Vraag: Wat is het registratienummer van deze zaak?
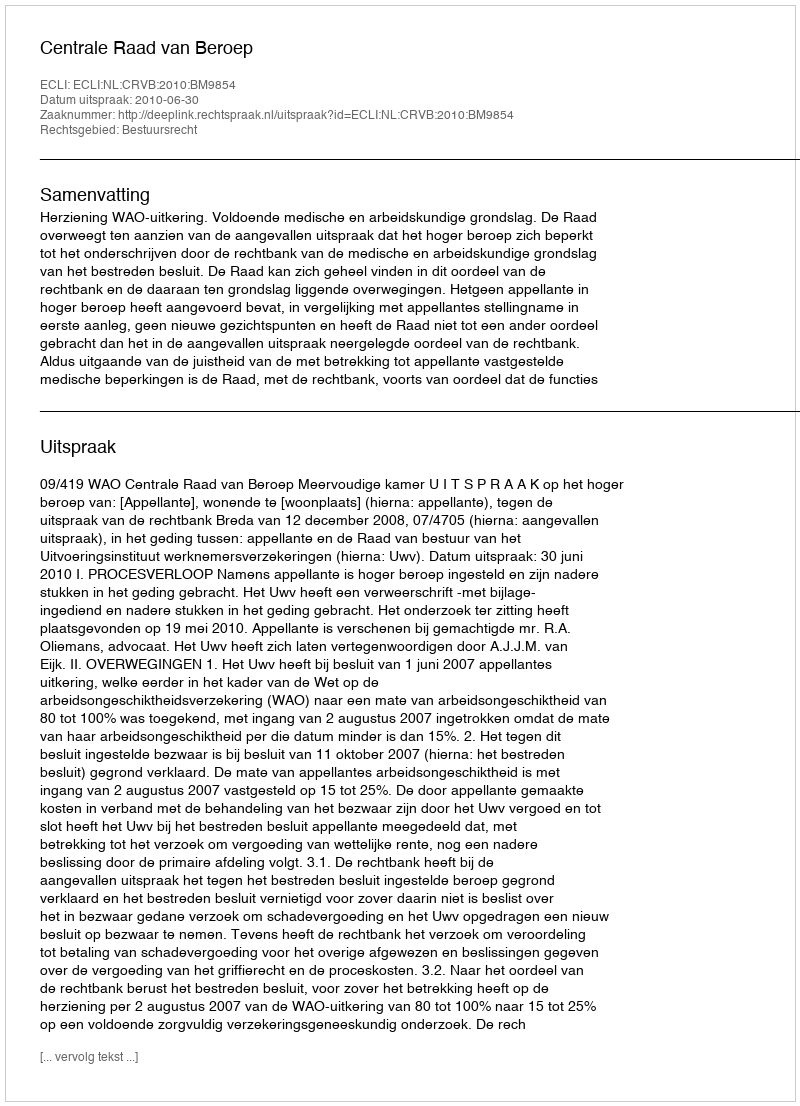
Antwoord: http://deeplink.rechtspraak.nl/uitspraak?id=ECLI:NL:CRVB:2010:BM9854